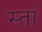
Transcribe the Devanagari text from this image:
स्तां